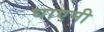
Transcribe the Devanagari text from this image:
घाएमी